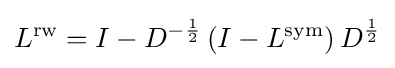
L^{\text{rw}}=I-D^{-{\frac {1}{2}}}\left(I-L^{\text{sym}}\right)D^{\frac {1}{2}}